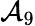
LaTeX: \mathcal{A}_{9}